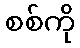
စစ်ကို